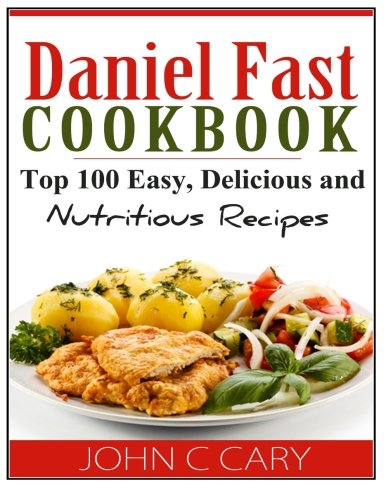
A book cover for Daniel Fast Cookbook: Top 100 Easy, Delicious and Nutritious Recipes; John C Cary; Cookbooks, Food & Wine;